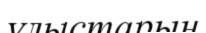
ұлыстарын